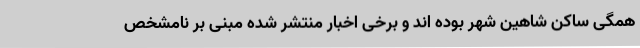
همگی ساکن شاهین شهر بوده اند و برخی اخبار منتشر شده مبنی بر نامشخص